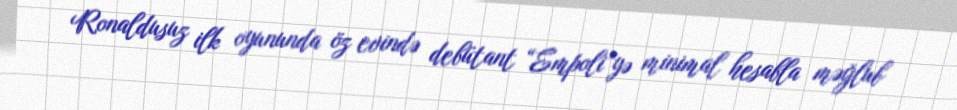
Ronaldusuz ilk oyununda öz evində debütant “Empoli”yə minimal hesabla məğlub